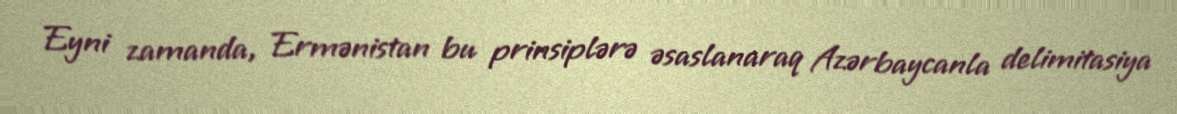
Eyni zamanda, Ermənistan bu prinsiplərə əsaslanaraq Azərbaycanla delimitasiya